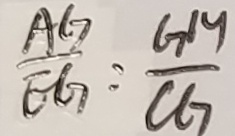
\frac { A G } { E G } = \frac { G H } { C G }